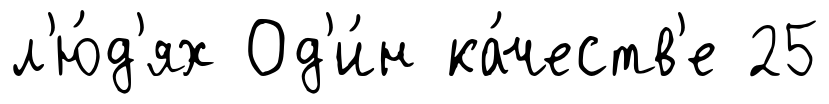
л'ю́д'ях Од'и́н ка́честв'е 25